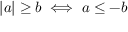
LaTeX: | a | \geq b \iff a \leq - b